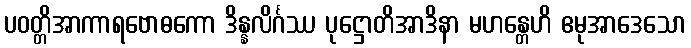
ပဝတ္တိအာကာရဗောဓကော ဒိန္နလိင်္ဂဿ ပုဋ္ဌောတိအာဒိနာ မဟန္တေဟိ ဧမုအာဒေသော